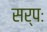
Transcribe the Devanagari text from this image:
सर्पः